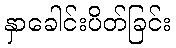
နှာခေါင်းပိတ်ခြင်း